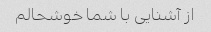
از آشنایی با شما خوشحالم